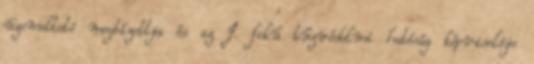
üzemeltetõ megbízottja és az I. fokú tûzvédelmi hatóság képviselõje